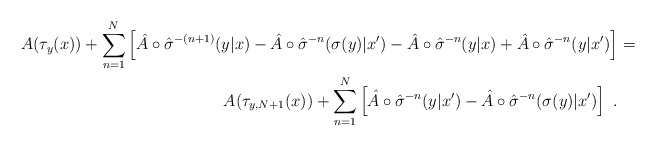
\begin{align*}A(\tau_y(x)) + \sum_{n=1}^N \left[ \hat{A} \circ \hat{\sigma}^{-(n+1)}(y|x) - \hat{A} \circ \hat{\sigma}^{-n}(\sigma(y)|x') - \hat{A} \circ \hat{\sigma}^{-n}(y|x) + \hat{A} \circ \hat{\sigma}^{-n}(y|x') \right] &= \\A(\tau_{y,N+1}(x)) + \sum_{n=1}^N \left[ \hat{A} \circ \hat{\sigma}^{-n}(y|x') - \hat{A} \circ \hat{\sigma}^{-n}(\sigma(y)|x') \right] \ .\end{align*}